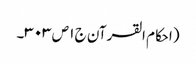
(احکام القرآن ج ١ ص ٣٠٣۔